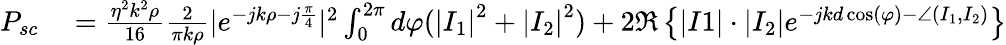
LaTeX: \begin{array}{rl}{P_{sc}}&{{}=\frac{\eta^{2}k^{2}\rho}{16}\frac{2}{\pi k\rho}|e^{-jk\rho-j\frac{\pi}{4}}|^{2}\int_{0}^{2\pi}d\varphi(\left|I_{1}\right|^{2}+\left|I_{2}\right|^{2})+2\Re\left\{ |I1|\cdot|I_{2}|e^{-jkd\cos(\varphi)-\angle(I_{1},I_{2})}\right\} }\end{array}